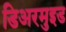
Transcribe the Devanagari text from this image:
डिअरमुइड